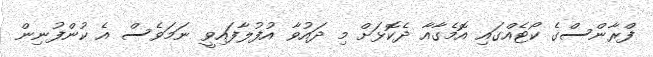
ފްރާންސްގެ ކޯޓެއްގައި އޮމެގާއާ ދެކޮޅަށް މި ދައުވާ އުފުލާފައިވީ ނަމަވެސް އެ ކުންފުނިން